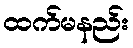
ထက်မနည်း